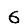
Digit: 6